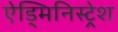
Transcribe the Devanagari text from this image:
ऐड्मिनिस्ट्रेश